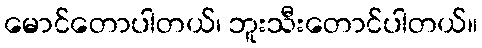
မောင်တောပါတယ်၊ ဘူးသီးတောင်ပါတယ်။